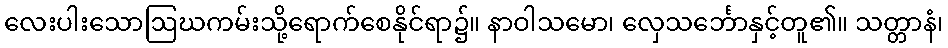
လေးပါးသောဩဃကမ်းသို့ရောက်စေနိုင်ရာ၌။ နာဝါသမော၊ လှေသင်္ဘောနှင့်တူ၏။ သတ္တာနံ၊